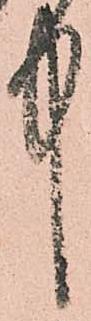
中